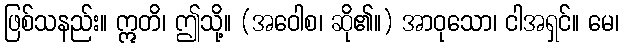
ဖြစ်သနည်း။ ဣတိ၊ ဤသို့။ (အဝေါစ၊ ဆို၏။) အာဝုသော၊ ငါအရှင်။ မေ၊